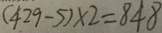
( 4 2 9 - 5 ) \times 2 = 8 4 8